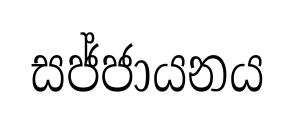
සජ්ජායනය